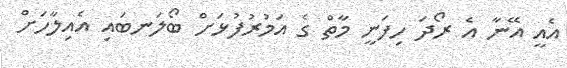
އެއީ އޭނާ އެ ރޯދަ ހިފަނީ މާތް ގެ އަމުރުފުޅަށް ބޯލަނބައި އެއިލާހަށް